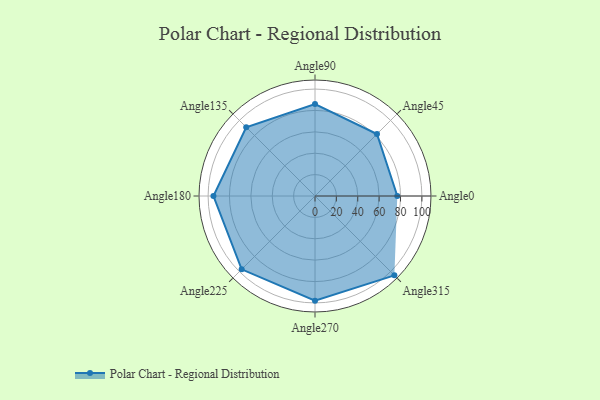
{"axis": {"x": "Angle", "y": "Radius"}, "legend": [""], "data": [{"x": "Angle0", "y": 77.0, "type": ""}, {"x": "Angle45", "y": 82.0, "type": ""}, {"x": "Angle90", "y": 86.0, "type": ""}, {"x": "Angle135", "y": 91.0, "type": ""}, {"x": "Angle180", "y": 95.0, "type": ""}, {"x": "Angle225", "y": 97.0, "type": ""}, {"x": "Angle270", "y": 98.0, "type": ""}, {"x": "Angle315", "y": 105.0, "type": ""}]}